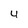
Character: 4